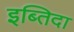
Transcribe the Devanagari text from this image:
इब्तिदा